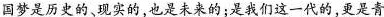
国梦是历史的、现实的，也是未来的；是我们这一代的，更是青